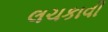
લચકાવી